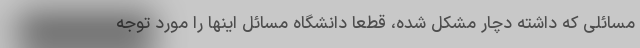
مسائلی که داشته دچار مشکل شده، قطعا دانشگاه مسائل اینها را مورد توجه